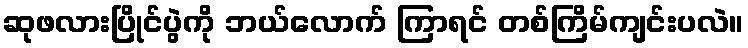
ဆုဖလားပြိုင်ပွဲကို ဘယ်လောက် ကြာရင် တစ်ကြိမ်ကျင်းပလဲ။